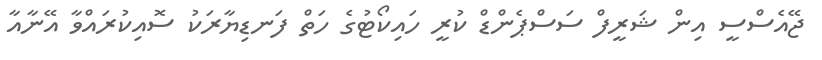
ޖޭއެސްސީ އިން ޝަރީފް ސަސްޕެންޑް ކުރީ ހައިކޯޓުގެ ހަތް ފަނޑިޔާރަކު ސޮއިކުރައްވާ އޭނާއާ